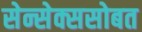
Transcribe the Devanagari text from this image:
सेन्सेक्ससोबत